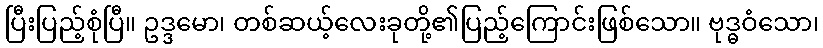
ပြီးပြည့်စုံပြီ။ ဥဒ္ဒမော၊ တစ်ဆယ့်လေးခုတို့၏ပြည့်ကြောင်းဖြစ်သော။ ဗုဒ္ဓဝံသော၊